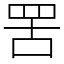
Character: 罟